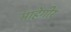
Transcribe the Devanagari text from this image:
माहेगीर